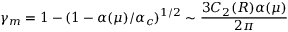
\gamma _ { m } = 1 - ( 1 - \alpha ( \mu ) / \alpha _ { c } ) ^ { 1 / 2 } \sim \frac { 3 C _ { 2 } ( R ) \alpha ( \mu ) } { 2 \pi }